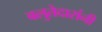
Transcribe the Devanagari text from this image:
बलुतेदारांनी